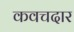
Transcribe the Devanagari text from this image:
कवचदार